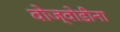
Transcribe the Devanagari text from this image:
वोज्वोडीना